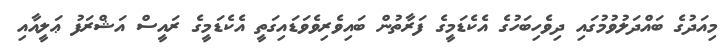
މިއަދުގެ ބައްދަލުވުމުގައި ދިވެހިބަހުގެ އެކެޑަމީގެ ފަރާތުން ބައިވެރިވެވަޑައިގަތީ އެކެޑަމީގެ ރައީސް އަޝްރަފު ޢަލީއާއި